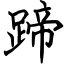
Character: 蹄